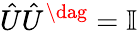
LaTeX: \hat{U}\hat{U}^{\dag}=\mathbb{I}